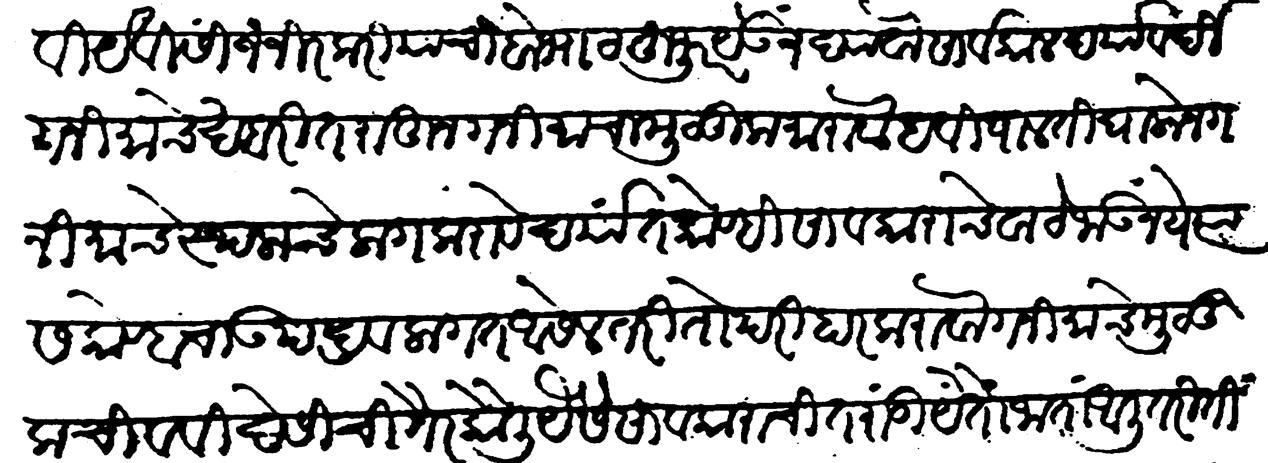
Transliteration (Devanagari): जावी येविसीं जंजीरेकरी याचा बोभाट हुजूर येऊं न द्यावा सार्वकाळ दर्यावर्दी गनिमाचे खबरींत राहून गनिमाचा मुलूक मारावा हवी पाळती घालोन गनिमाचे स्थळाचे लाग करावे दर्यात कोण्ही सावकारांचे वाटे जाऊ नये त्यांस कोण्हाचा उपद्रव लागत आसेल तरी तो परिहार करावा गनिमाचे मुळीकचीं व विदेशींचीं गैरकौली यैसे सावकाराचीं तरांडीं येता जाता आलीं तरी तीं